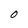
Character: 0